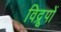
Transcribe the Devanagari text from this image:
विद्रूपों